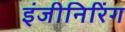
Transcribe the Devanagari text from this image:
इंजीनिरिंग